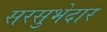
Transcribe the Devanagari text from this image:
सरसुभेदार